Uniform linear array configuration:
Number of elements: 12
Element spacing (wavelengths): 1
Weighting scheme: kaiser
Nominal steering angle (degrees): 30
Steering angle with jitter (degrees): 31.175
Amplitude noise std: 0.05
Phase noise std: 0.05

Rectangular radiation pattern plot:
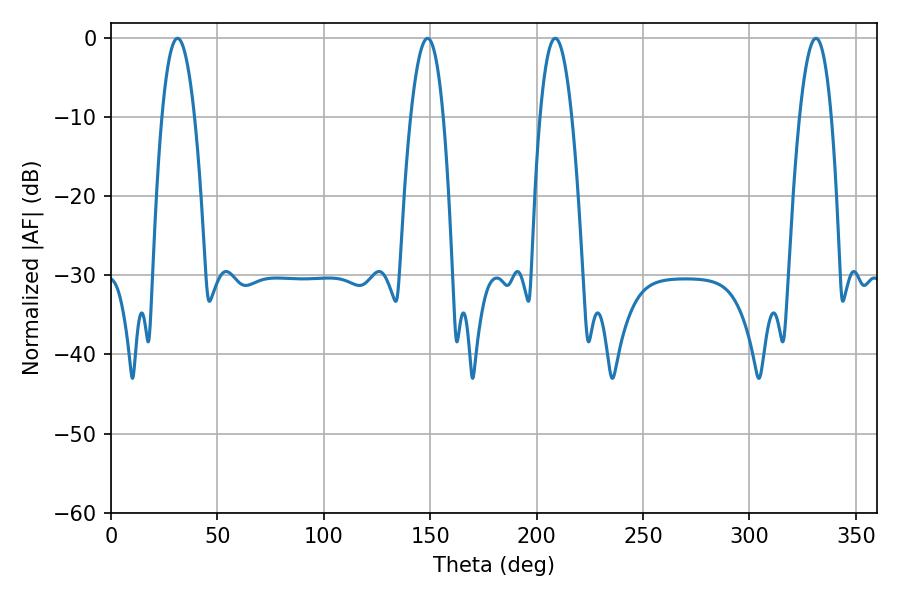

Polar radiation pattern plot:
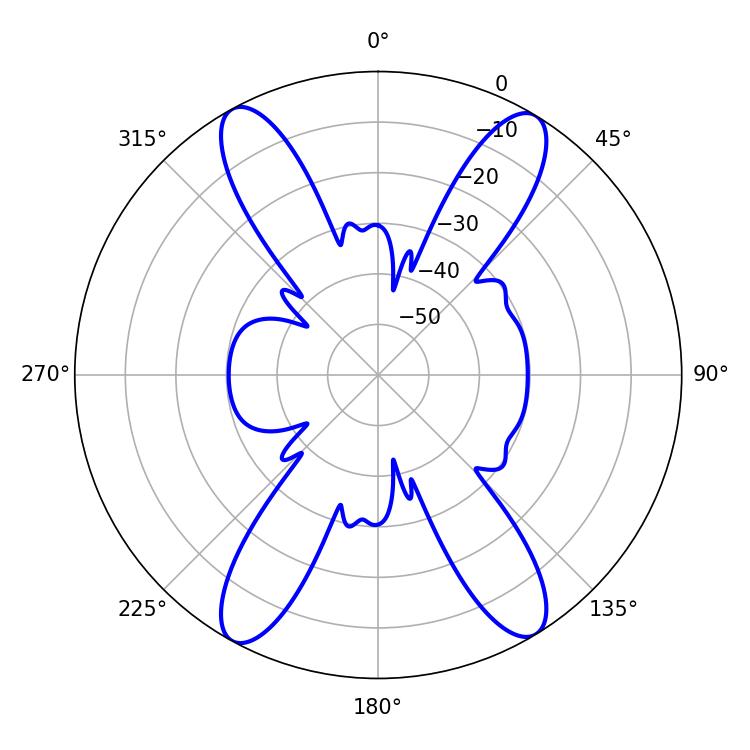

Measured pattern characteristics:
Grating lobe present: TRUE
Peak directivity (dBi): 20.876
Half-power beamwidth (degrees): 8.28
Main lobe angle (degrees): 208.8